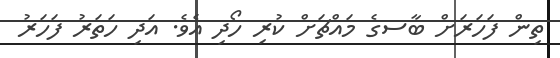
ތިން ފަހަރަށް ބާސގެ މައްޗަށް ކުރި ހޯދި އެވެ. އަދި ހަތަރު ފަހަރު